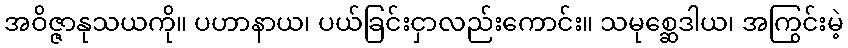
အဝိဇ္ဇာနုသယကို။ ပဟာနာယ၊ ပယ်ခြင်းငှာလည်းကောင်း။ သမုစ္ဆေဒါယ၊ အကြွင်းမဲ့